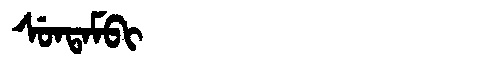
Manchu: ᠰᡠᠨᡨᠠᠮᠪᡳ
Romanization: SUNTAMBI